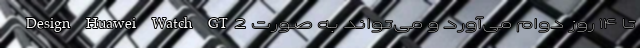
Design Huawei Watch GT2 تا ۱۴ روز دوام می‌آورد و می‌تواند به صورت